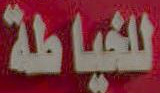
للخياطة